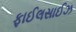
ફાઈલસાઈઝ